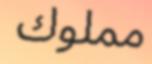
مملوك